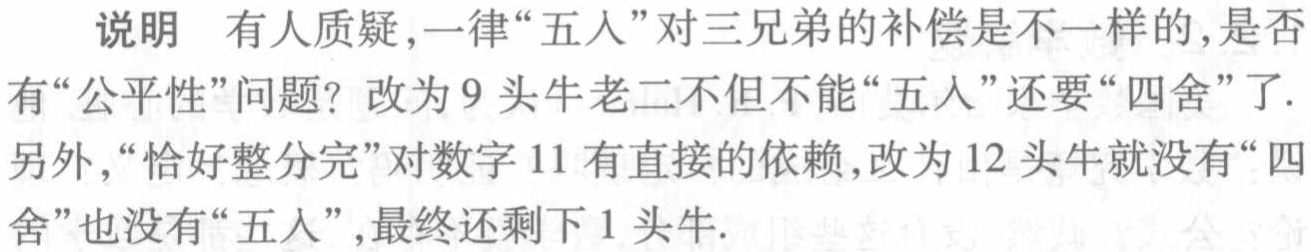
说明 有人质疑,一律“五入”对三兄弟的补偿是不一样的,是否有“公平性”问题? 改为9头牛老二不但不能“五入”还要“四舍”了.另外,“恰好整分完”对数字11有直接的依赖,改为12头牛就没有“四舍”也没有“五入”,最终还剩下1头牛.